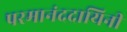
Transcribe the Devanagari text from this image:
परमानंददायिनी